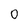
Character: 0